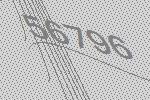
56796